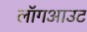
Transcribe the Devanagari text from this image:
लॉगआउट